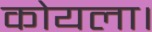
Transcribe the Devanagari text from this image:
कोयला।